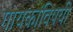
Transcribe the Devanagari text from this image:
गायकांविषयी